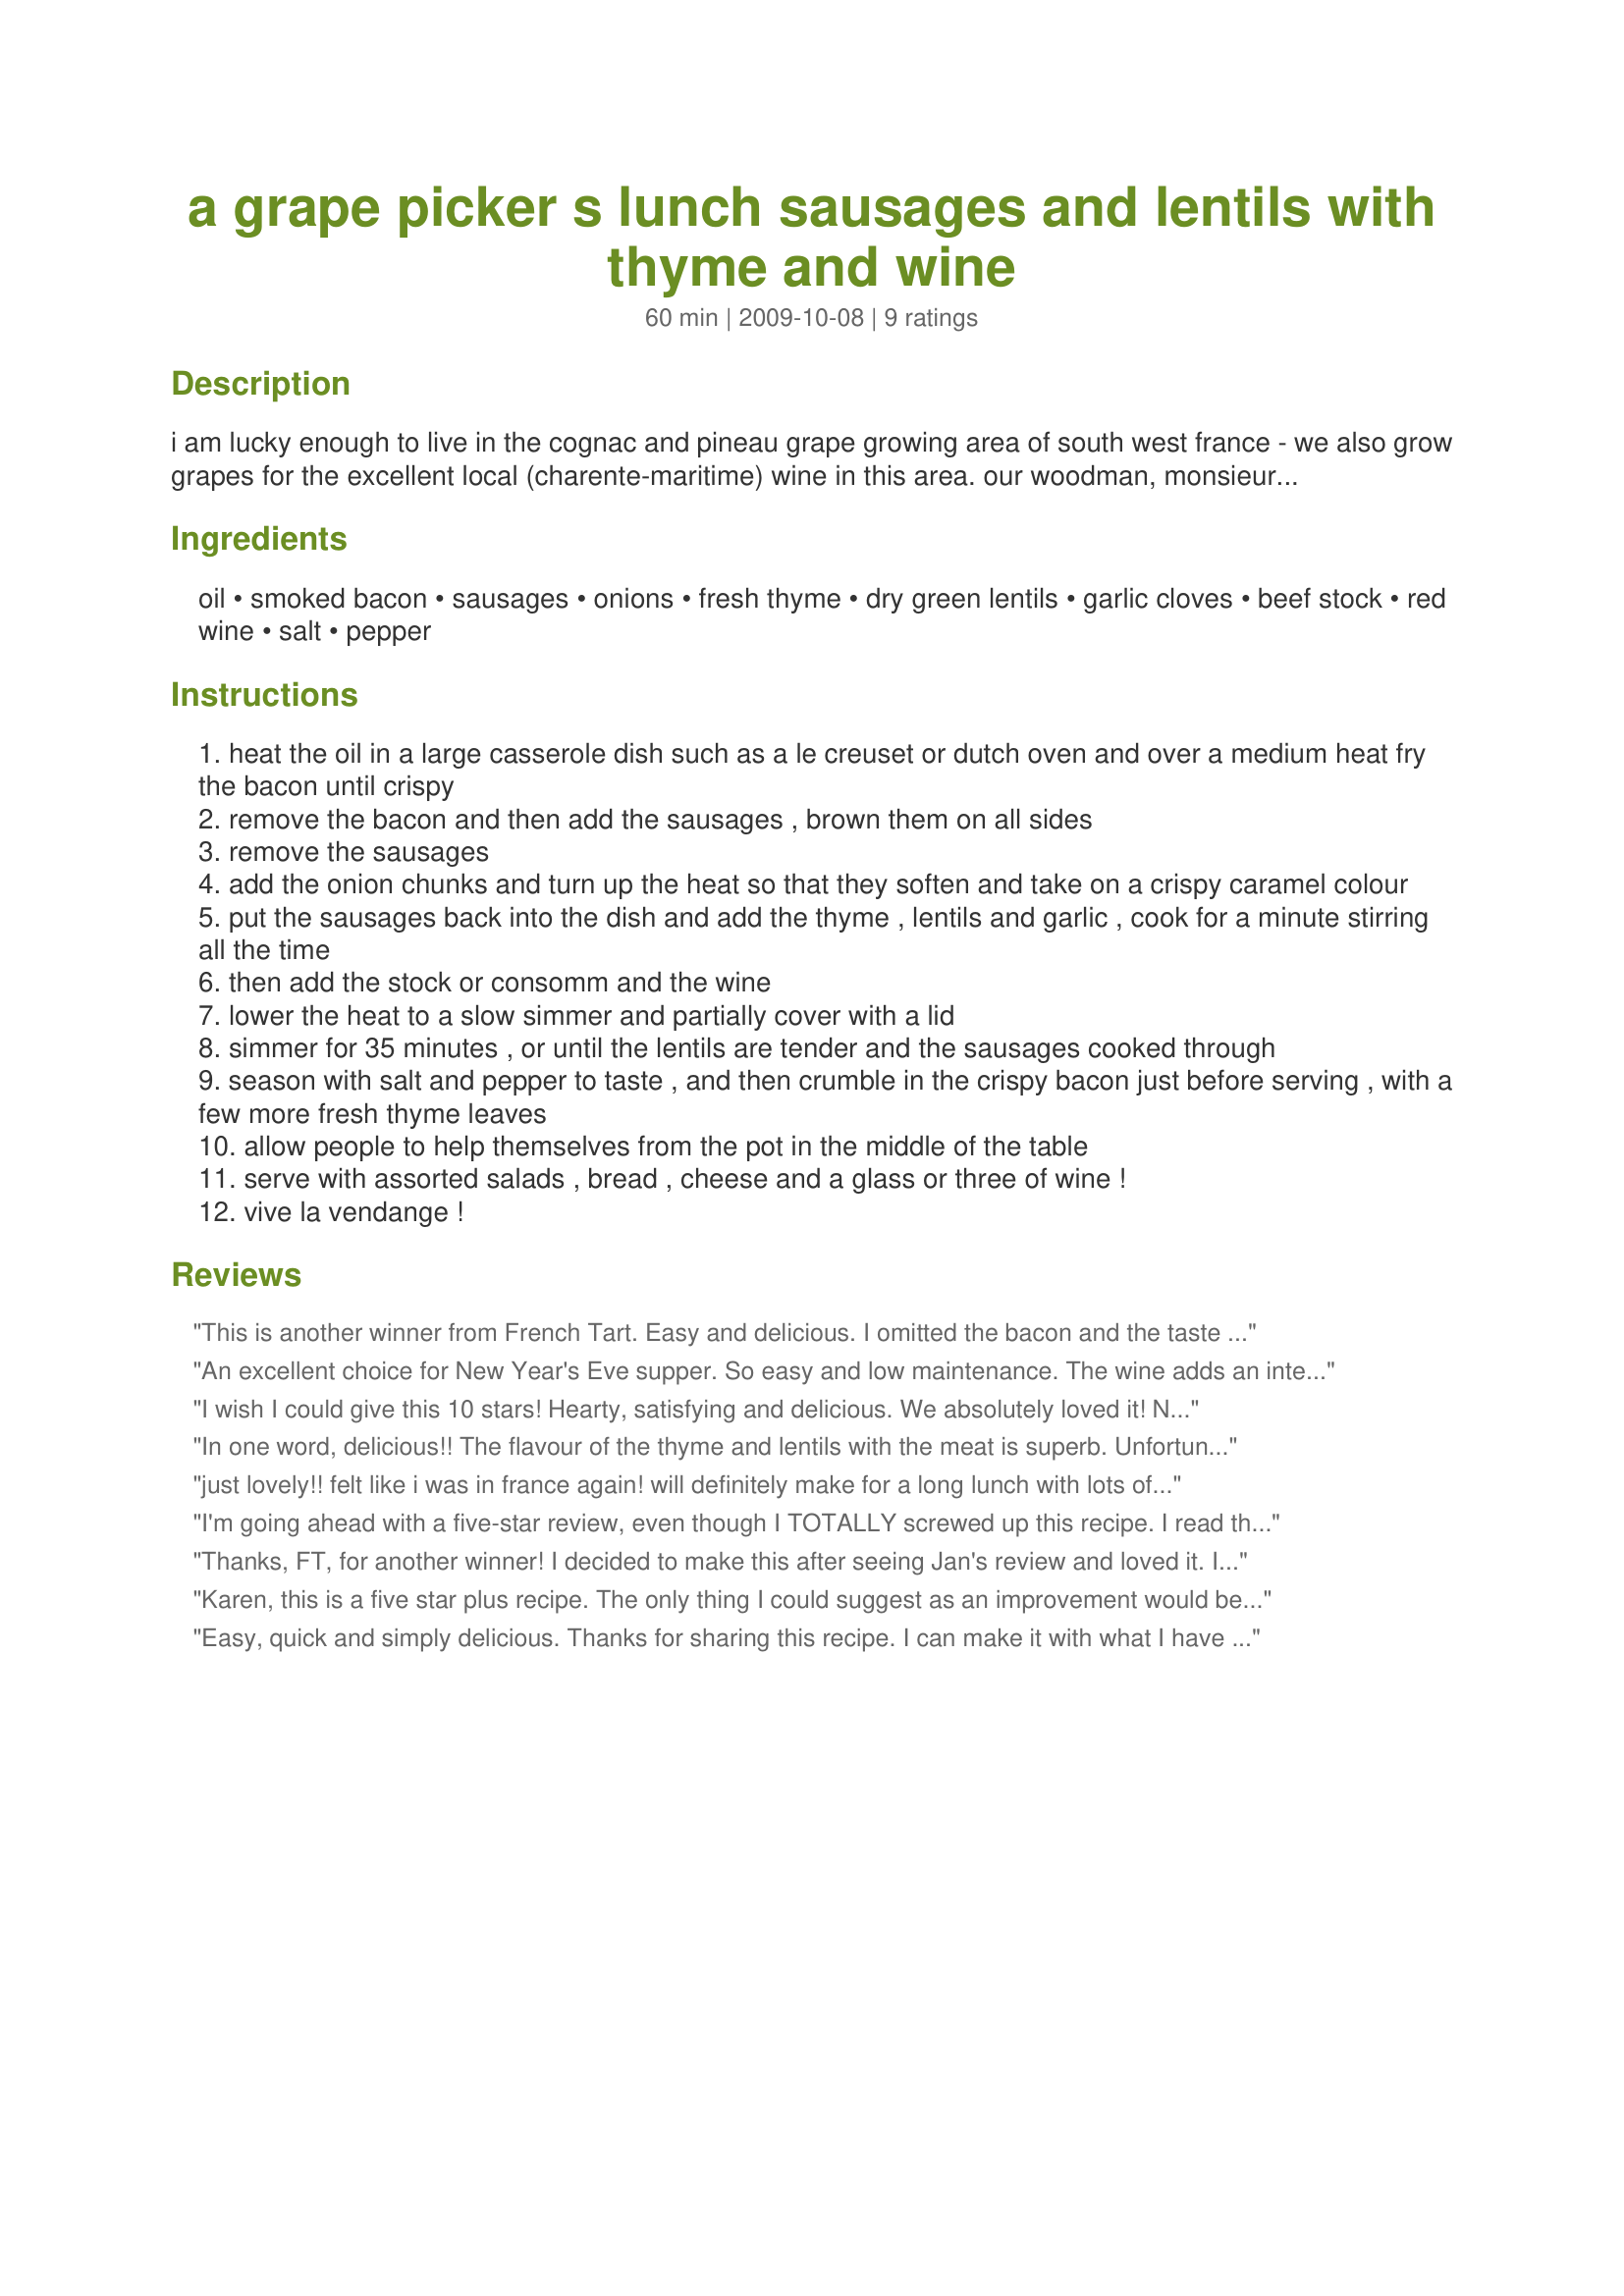
a grape picker s lunch sausages and lentils with thyme and wine
Preparation time: 60 minutes

i am lucky enough to live in the cognac and pineau grape growing area of south west france - we also grow grapes for the excellent local (charente-maritime) wine in this area. our woodman, monsieur jacquot, has a small chateau with several vineyards, and every year we are invited to join in on the first or last day of the "vendange" - the grape harvest. and, every year, madame jacquot prepares and cooks the most delicious food for all of the grape pickers, family and invited friends. this year (2009) the harvest started on the 1st october, and this is the dish she made for us, served simply with fresh salads, assorted local breads, local butter, cheese and of course local wine, pineau and cognac. i asked her for the recipe and she rattled out the ingredients at a rapid pace, whilst i scribbled them down on the back of an envelope! i have recreated this recipe at home twice now, and this is almost as good as hers is! (mind you, she set hers out on long tables with white linen and beautiful old vintage crockery.......i found out that the white linen were bed sheets! never used on a bed she stressed, kept for large gatherings.) the key to this recipe is simplicity and good sausages and wine. i used local toulouse sausages, meaty and with a high 85% meat content. but you can use any good, meaty sausages that you have available locally - i bet high quality venison or angus beef sausages would be brilliant in this dish. also, do try to source “lentilles vert de puy” – green puy lentils; they make all the difference to this wonderful harvest dish. i hope you enjoy this recipe as much as we did, sitting at the long table in the old barn, under ancient beams and with beaming faces and loud laughter. ( ps: i cut this recipe right back from 30 people to just 4! please adjust the amounts to suit.)

Ingredients:
oil, smoked bacon, sausages, onions, fresh thyme, dry green lentils, garlic cloves, beef stock, red wine, salt, pepper

Steps:
heat the oil in a large casserole dish such as a le creuset or dutch oven and over a medium heat fry the bacon until crispy
remove the bacon and then add the sausages , brown them on all sides
remove the sausages
add the onion chunks and turn up the heat so that they soften and take on a crispy caramel colour
put the sausages back into the dish and add the thyme , lentils and garlic , cook for a minute stirring all the time
then add the stock or consomm and the wine
lower the heat to a slow simmer and partially cover with a lid
simmer for 35 minutes , or until the lentils are tender and the sausages cooked through
season with salt and pepper to taste , and then crumble in the crispy bacon just before serving , with a few more fresh thyme leaves
allow people to help themselves from the pot in the middle of the table
serve with assorted salads , bread , cheese and a glass or three of wine !
vive la vendange !

Reviews:
This is another winner from French Tart. Easy and delicious. I omitted the bacon and the taste is still delicious. I think you can also make this with whatever sausage flavor you have and combine with a coordinating herb. I will make this again.
An excellent choice for New Year's Eve supper. So easy and low maintenance. The wine adds an interesting flavor. For the two of us we reduced the bacon by half and used three onions. The rest of the ingredients we left the same (the sausages were smallish), and there is a small portion left over. Merci, merci beaucoup!
I wish I could give this 10 stars! Hearty, satisfying and delicious. We absolutely loved it! Next time I'm going to try is with duck and cognac sausages. Yum! Thanks for posting!!
In one word, delicious!! The flavour of the thyme and lentils with the meat is superb. Unfortunately, I didn't have time to take a picture before it had all gone. Thank you for posting FT. Made for Aussie / Kiwi Swap #38 March 2010
just lovely!! felt like i was in france again! will definitely make for a long lunch with lots of company :) there was a bit of fat from the bacon which i drained before continuing (might have been the kind i used), and i wasnt sure where i could get a hold of toulouse sausages, so i used a roll of the south african boerewors as i heard it was quite spicy, and it matched really well with the wine and lentils. thankyou!
I'm going ahead with a five-star review, even though I TOTALLY screwed up this recipe. I read the "150 ml" of wine and immediately thought of "750 ml" (yes, a whole friggin' bottle). So in it went, and I realized it was tremendously, well, liquidy. Amazing enough, it still tasted fabulous with the help of a straining spoon. My sausages were purple and ridiculous looking, but they were very tasty. I will definitely be making this again. It was my first time making lentils, and it was a wonderful preparation. Thanks for yet another keeper, Karen! :-)
Thanks, FT, for another winner!
I decided to make this after seeing Jan's review and loved it. I used fairly plain sausage because I was feeding horrible, fussy kids, but it was still just fantastic. Even the horrible kids appreciated it - after their initial reluctance when the word 'lentils' was mentioned!
I will be making this again - next time with some gourmet sausages.
Thanks for sharing!
Karen, this is a five star plus recipe. The only thing I could suggest as an improvement would be to be eating it sitting in a vineyard in France with you! I made this tonight for our daughter-in-law. She and our son own a 2 chef's hat restaurant in country Victoria but I know her simple tastes and I knew she would love this. I made no changes to your recipe although I did cook it for longer (puy lentils can stand it without going to mush) and I scattered some roughly chopped parsley over it at the end. I served this with a rocket, fennel and parmesan salad and crusty bread and the wine like you suggested ;-)
Easy, quick and simply delicious. Thanks for sharing this recipe. I can make it with what I have on hand. Good bread and salad completes the meal. Love the French lentils!
